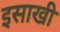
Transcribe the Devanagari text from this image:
इसाखी